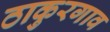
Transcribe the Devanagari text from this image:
ठाकुरगाव